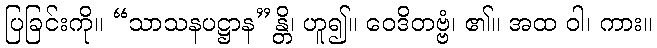
ပြခြင်းကို။ “သာသနပဋ္ဌာန”န္တိ၊ ဟူ၍။ ဝေဒိတဗ္ဗံ၊ ၏။ အထ ဝါ၊ ကား။